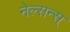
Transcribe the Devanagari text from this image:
नेल्सन्स्